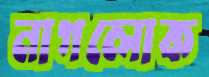
নাগলোক